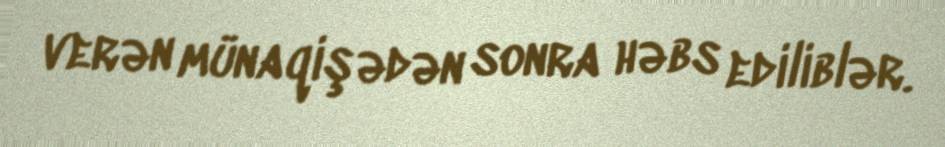
verən münaqişədən sonra həbs ediliblər.